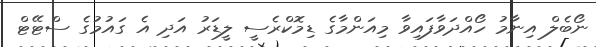
ނޯބެލް އިނާމު ހޯއްދަވާފައިވާ މިއަންމާގެ ޑިމޮކްރެސީ ލީޑަރު އަދި އެ ގައުމުގެ ސްޓޭޓް